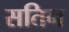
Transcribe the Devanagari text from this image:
सतिन